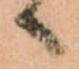
へ